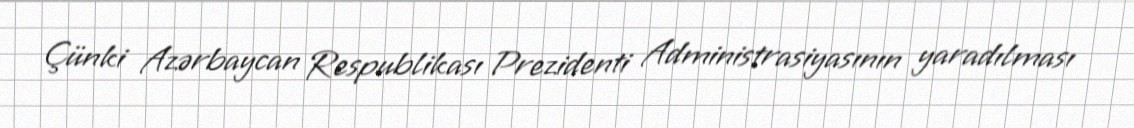
Çünki Azərbaycan Respublikası Prezidenti Administrasiyasının yaradılması